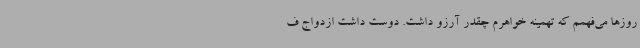
روزها می‌فهمم که تهمینه خواهرم چقدر آرزو داشت. دوست داشت ازدواج ف